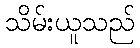
သိမ်းယူသည်